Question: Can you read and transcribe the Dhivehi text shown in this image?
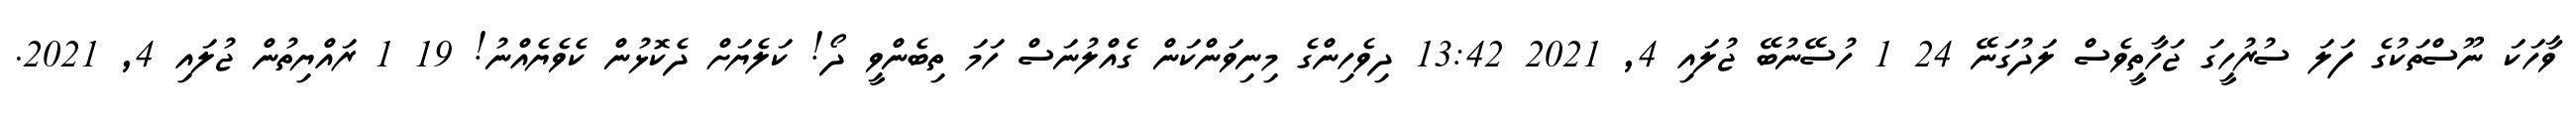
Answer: ވާހަކަ ނޫސްތަކުގެ ފަލަ ސުރުހީގަ ޖަހާތީވެސް ލަދުގަނޭ 24 1 ހުސޭނުބޭ ޖުލައި 4, 2021 13:42 ދިވެހިންގެ މިނިވަންކަން ގެއްލުނަސް ހަމަ ތިބެންވީ ދޯ! ކަލެޔަށް ދެކޮޅުން ކެވެޔެއްނު! 19 1 ރައްޔިތުން ޖުލައި 4, 2021.